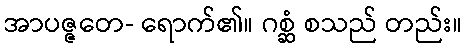
အာပဇ္ဇတေ- ရောက်၏။ ဂစ္ဆံ စသည် တည်း။